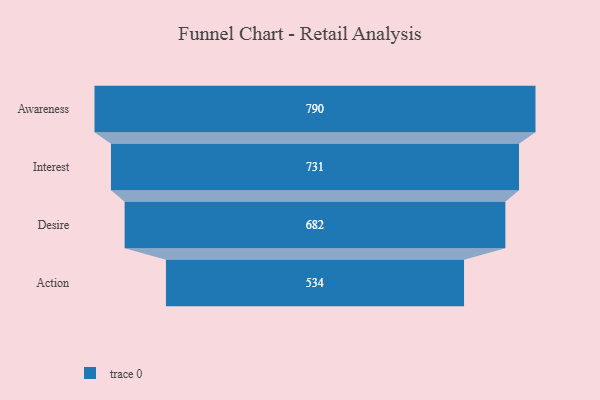
{"axis": {"x": "Stage", "y": "Value"}, "legend": [""], "data": [{"x": "Awareness", "y": 790.0, "type": ""}, {"x": "Interest", "y": 731.0, "type": ""}, {"x": "Desire", "y": 682.0, "type": ""}, {"x": "Action", "y": 534.0, "type": ""}]}